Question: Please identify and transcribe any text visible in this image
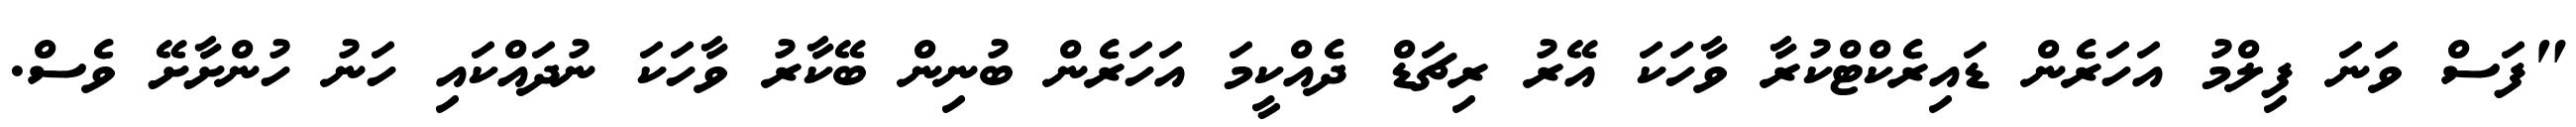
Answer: "ފަސް ވަނަ ފިލްމު އަހަރެން ޑައިރެކްޓްކުރާ ވާހަކަ އޭރު ރިޗަޑް ދެއްކީމަ އަހަރެން ބުނިން ބޭކާރު ވާހަކަ ނުދައްކައި ހަނު ހުންށާށޭ ވެސް.